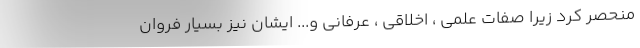
منحصر کرد زیرا صفات علمی ، اخلاقی ، عرفانی و... ‌ایشان نیز بسیار فروان